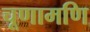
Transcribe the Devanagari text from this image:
चूणामणि